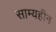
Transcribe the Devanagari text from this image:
साम्यहीन